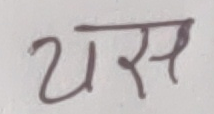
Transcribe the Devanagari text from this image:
यस